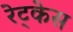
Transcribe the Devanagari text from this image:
रेट्केस